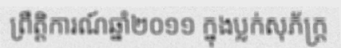
ព្រឹត្តិការណ៍ឆ្នាំ២០១១ ក្នុងប្លក់សុភ័ក្ត្រ